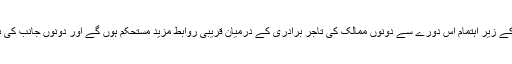
محمد زبیر موتی والا نے توقع ظاہر کی کہ پی اے جے سی سی آئی کے زیر اہتمام اس دورے سے دونوں ممالک کی تاجر برادری کے درمیان قریبی روابط مزید مستحکم ہوں گے اور دونوں جانب کی بزنس کمیونٹی مل کر مسائل کے حل کے لئے کوششیں کرسکے گی۔